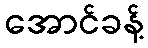
အောင်ခန့်